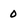
Character: 0